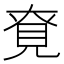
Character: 䙽